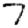
Digit: 7